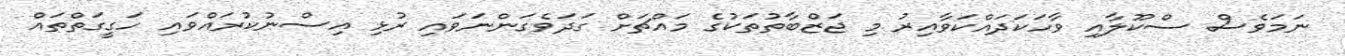
ނަމަވެސް ސްކޫލާއި ވާހަކަދައްކަވާއިރު މި ޖަޒްބާތުތަކުގެ މައްޗަށް ގަދަވެގަންނަވައި ރުޅި އިސްނުކުރައްވައި ހަގީގަތްތައް